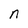
Character: n